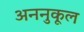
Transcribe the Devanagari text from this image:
अननुकूल